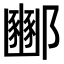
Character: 𮠓